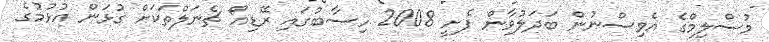
މުސްލިމްގެ އެވިސްނުން ބަދަލުވާން ފެށީ 2008 ހިސާބުގައި ރޭޑިއޯ ޗެނަލްތަކަށް ގުޅަން އުޅުމުގެ